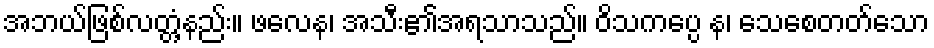
အဘယ်ဖြစ်လတ္တံ့နည်း။ ဖလေန၊ အသီး၏အရသာသည်။ ဝိသကပ္ပေ န၊ သေစေတတ်သော